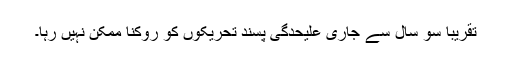
تقریباً سو سال سے جاری علیحدگی پسند تحریکوں کو روکنا ممکن نہیں رہا۔